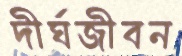
দীর্ঘজীবন